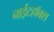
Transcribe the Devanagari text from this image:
नाईटहॉक्स